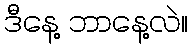
ဒီနေ့ ဘာနေ့လဲ။